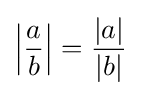
\left|{\frac {a}{b}}\right|={\frac {|a|}{|b|}}\